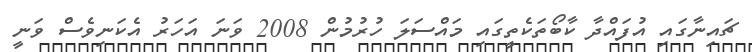
ޗައިނާގައި އުފައްދާ ކާބޯތަކެތީގައި މައްސަލަ ހުރުމުން 2008 ވަނަ އަހަރު އެކަނިވެސް ވަނީ